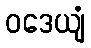
ဝဒေယျံ